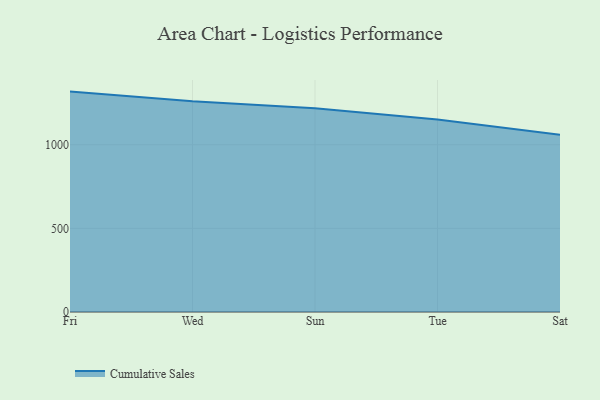
{"axis": {"x": "Day", "y": "Tickets Resolved"}, "legend": ["Cumulative Sales"], "data": [{"x": "Fri", "y": 1317.6, "type": "Cumulative Sales"}, {"x": "Wed", "y": 1259.2, "type": "Cumulative Sales"}, {"x": "Sun", "y": 1217.6, "type": "Cumulative Sales"}, {"x": "Tue", "y": 1150.8, "type": "Cumulative Sales"}, {"x": "Sat", "y": 1060.3, "type": "Cumulative Sales"}]}